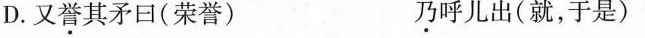
D.又誉其矛日(荣誉) 乃呼儿出(就，于是)